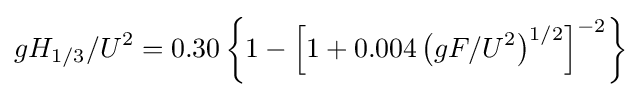
gH_{1/3}/U^{2}=0.30\left\{1-\left[1+0.004\left(gF/U^{2}\right)^{1/2}\right]^{-2}\right\}